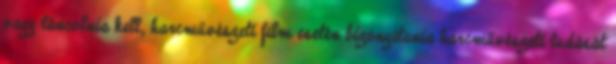
vagy táncolnia kell, harcművészeti film esetén bizonyítania harcművészeti tudását